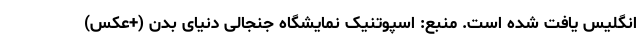
انگلیس یافت شده است. منبع: اسپوتنیک نمایشگاه جنجالی دنیای بدن (+عکس)